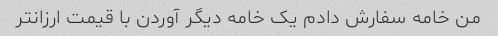
من خامه سفارش دادم یک خامه دیگر آوردن با قیمت ارزانتر